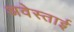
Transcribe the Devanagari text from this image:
अवेस्ताई